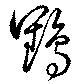
鶴